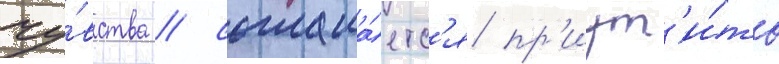
чу́вства / соглаша́етс'я пр'иут'и́ть